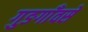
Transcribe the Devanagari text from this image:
गुङगाँवसे